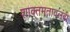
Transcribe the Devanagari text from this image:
शाक्तमतावलंबी